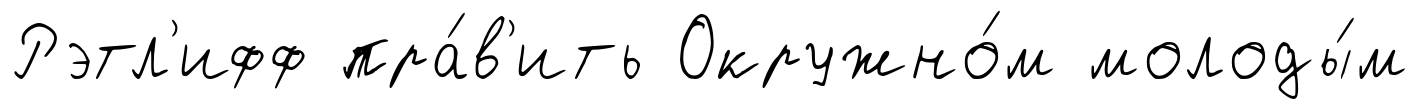
Рэтл'ифф пра́в'ить Окружно́м молоды́м